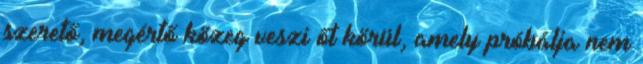
szerető, megértő közeg veszi őt körül, amely próbálja nem